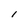
Character: l